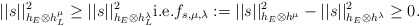
\begin{align*} ||s||^2_{h_E\otimes h_L^\mu}\geq||s||^2_{h_E\otimes h_L^\lambda} \mathrm{i.e.} f_{s,\mu,\lambda}:=||s||^2_{h_E\otimes h^\mu}-||s||^2_{h_E\otimes h^\lambda}\geq0. \end{align*}